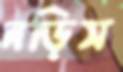
নড়িস